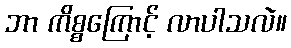
ဘာ ကိစ္စကြောင့် လာပါသလဲ။